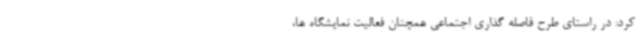
کرد: در راستای طرح فاصله گذاری اجتماعی همچنان فعالیت نمایشگاه ها،